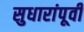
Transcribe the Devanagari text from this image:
सुधारांपूर्वी